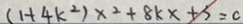
( 1 + 4 k ^ { 2 } ) x ^ { 2 } + 8 k x + 3 = 0